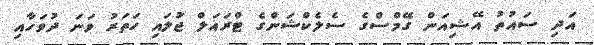
އަދި ސައުތު އޭޝިއަން ގޭމްސްގެ ސެލެކްޝަންގެ ޓްރައަލް ޖުަލައި ހަތަރު ވަނަ ދުވަހާއި